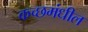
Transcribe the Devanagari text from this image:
कच्छमंधील